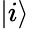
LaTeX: \left|i\right\rangle